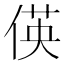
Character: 偀